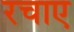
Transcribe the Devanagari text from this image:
रचाए